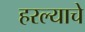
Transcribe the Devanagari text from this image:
हरल्याचे